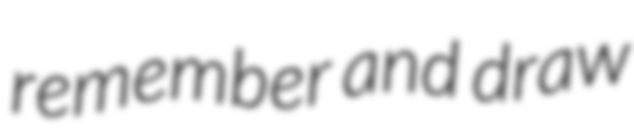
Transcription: remember and draw